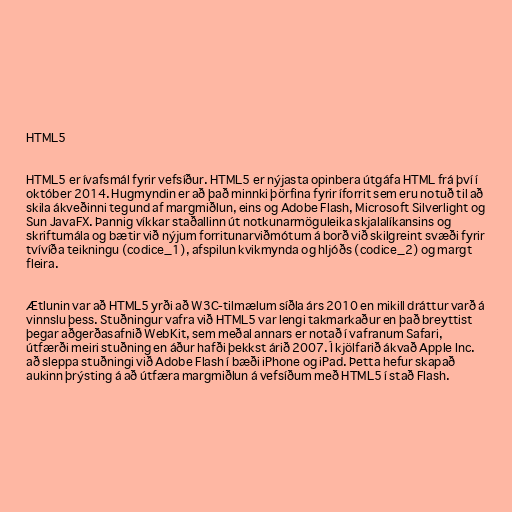
HTML5

HTML5 er ívafsmál fyrir vefsíður. HTML5 er nýjasta opinbera útgáfa HTML frá því í
október 2014. Hugmyndin er að það minnki þörfina fyrir íforrit sem eru notuð til að
skila ákveðinni tegund af margmiðlun, eins og Adobe Flash, Microsoft Silverlight og
Sun JavaFX. Þannig víkkar staðallinn út notkunarmöguleika skjalalíkansins og
skriftumála og bætir við nýjum forritunarviðmótum á borð við skilgreint svæði fyrir
tvívíða teikningu (codice_1), afspilun kvikmynda og hljóðs (codice_2) og margt
fleira.

Ætlunin var að HTML5 yrði að W3C-tilmælum síðla árs 2010 en mikill dráttur varð á
vinnslu þess. Stuðningur vafra við HTML5 var lengi takmarkaður en það breyttist
þegar aðgerðasafnið WebKit, sem meðal annars er notað í vafranum Safari,
útfærði meiri stuðning en áður hafði þekkst árið 2007. Í kjölfarið ákvað Apple Inc.
að sleppa stuðningi við Adobe Flash í bæði iPhone og iPad. Þetta hefur skapað
aukinn þrýsting á að útfæra margmiðlun á vefsíðum með HTML5 í stað Flash.